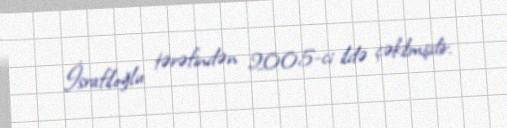
İsrafiloğlu tərəfindən 2005-ci ildə çəkilmişdir.